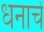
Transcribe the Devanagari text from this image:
धनाचें